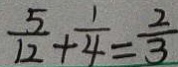
\frac { 5 } { 1 2 } + \frac { 1 } { 4 } = \frac { 2 } { 3 }